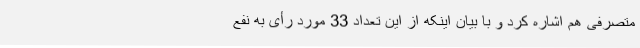
متصرفی هم اشاره کرد و با بیان اینکه از این تعداد 33 مورد رأی به نفع